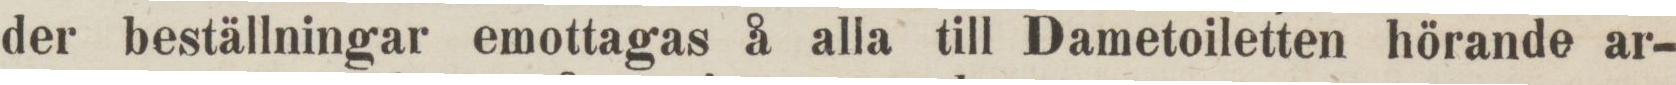
der beställningar emottagas å alla till Dametoiletten hörande ar-